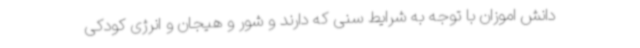
دانش اموزان با توجه به شرایط سنی که دارند و شور و هیجان و انرژی کودکی